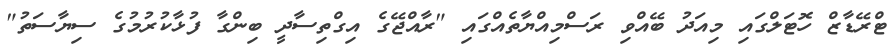
ޓްރޭޑާޒް ހޮޓަލްގައި މިއަދު ބޭއްވި ރަސްމިއްޔާތެއްގައި "ރާއްޖޭގެ އިގްތިސާދީ ބިންގާ ފުޅާކުރުމުގެ ސިޔާސަތު"